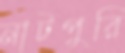
নাটপুরি